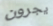
يجرون